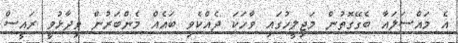
އެ މައްސަލައާ ބެގޭގޮތުން މަޖިލީހުގައި ވާހަކަ ދެއްކެވި ބައެއް މެންބަރުން ވިދާޅުވީ ރައީސް